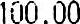
100.00